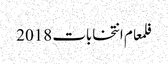
فلمعام انتخابات 2018